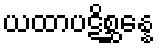
ယထာပဋိစ္ဆန္နေ